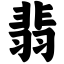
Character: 翡